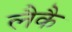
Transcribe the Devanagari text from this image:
लैकै